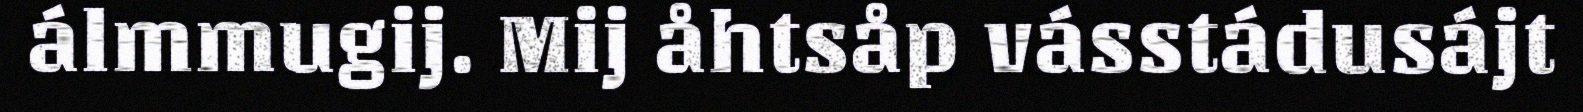
álmmugij. Mij åhtsåp vásstádusájt